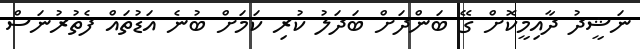
ނަޝީދު ދާއިމީކޮށް ގޭ ބަންދަށް ބަދަލު ކުރި ކަމަށް ބުނެ އަޑުތައް ފެތުރުނަސް